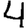
Digit: 4